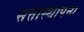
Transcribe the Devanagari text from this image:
सत्तास्थापना